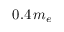
0 . 4 \, { m _ { e } }